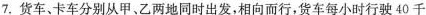
7.货车、卡车分别从甲、乙两地同时出发，相向而行，货车每小时行驶40千